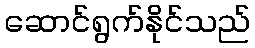
ဆောင်ရွက်နိုင်သည်